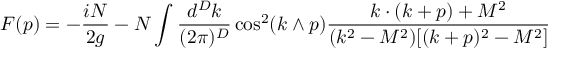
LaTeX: { \cal F } ( p ) = - \frac { i N } { 2 g } - N \int \frac { d ^ { D } k } { ( 2 \pi ) ^ { D } } \cos ^ { 2 } ( k \wedge p ) \frac { k \cdot ( k + p ) + M ^ { 2 } } { ( k ^ { 2 } - M ^ { 2 } ) [ ( k + p ) ^ { 2 } - M ^ { 2 } ] }